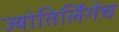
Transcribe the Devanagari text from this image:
ज्योतिर्लिंगेंच